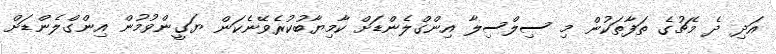
އަދި ދެ މެޗުގެ ތަފާތަކުން މި ސިލްސިލާ އިންގްލެންޑަށް ކާމިޔާބުކުރެވޭނެކަން ޔަގީންވުމުން އިންގްލެންޑަށް